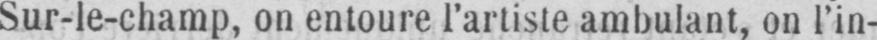
Sur-le-champ, on entoure l’artiste ambulant, on l’in-